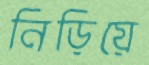
নিড়িয়ে